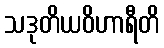
သဒုတိယဝိဟာရီတိ